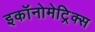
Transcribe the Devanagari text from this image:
इकॉनोमेट्रिक्स